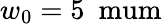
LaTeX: w_{0}=5\mathrm{\ \ mum}